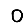
Digit: 0